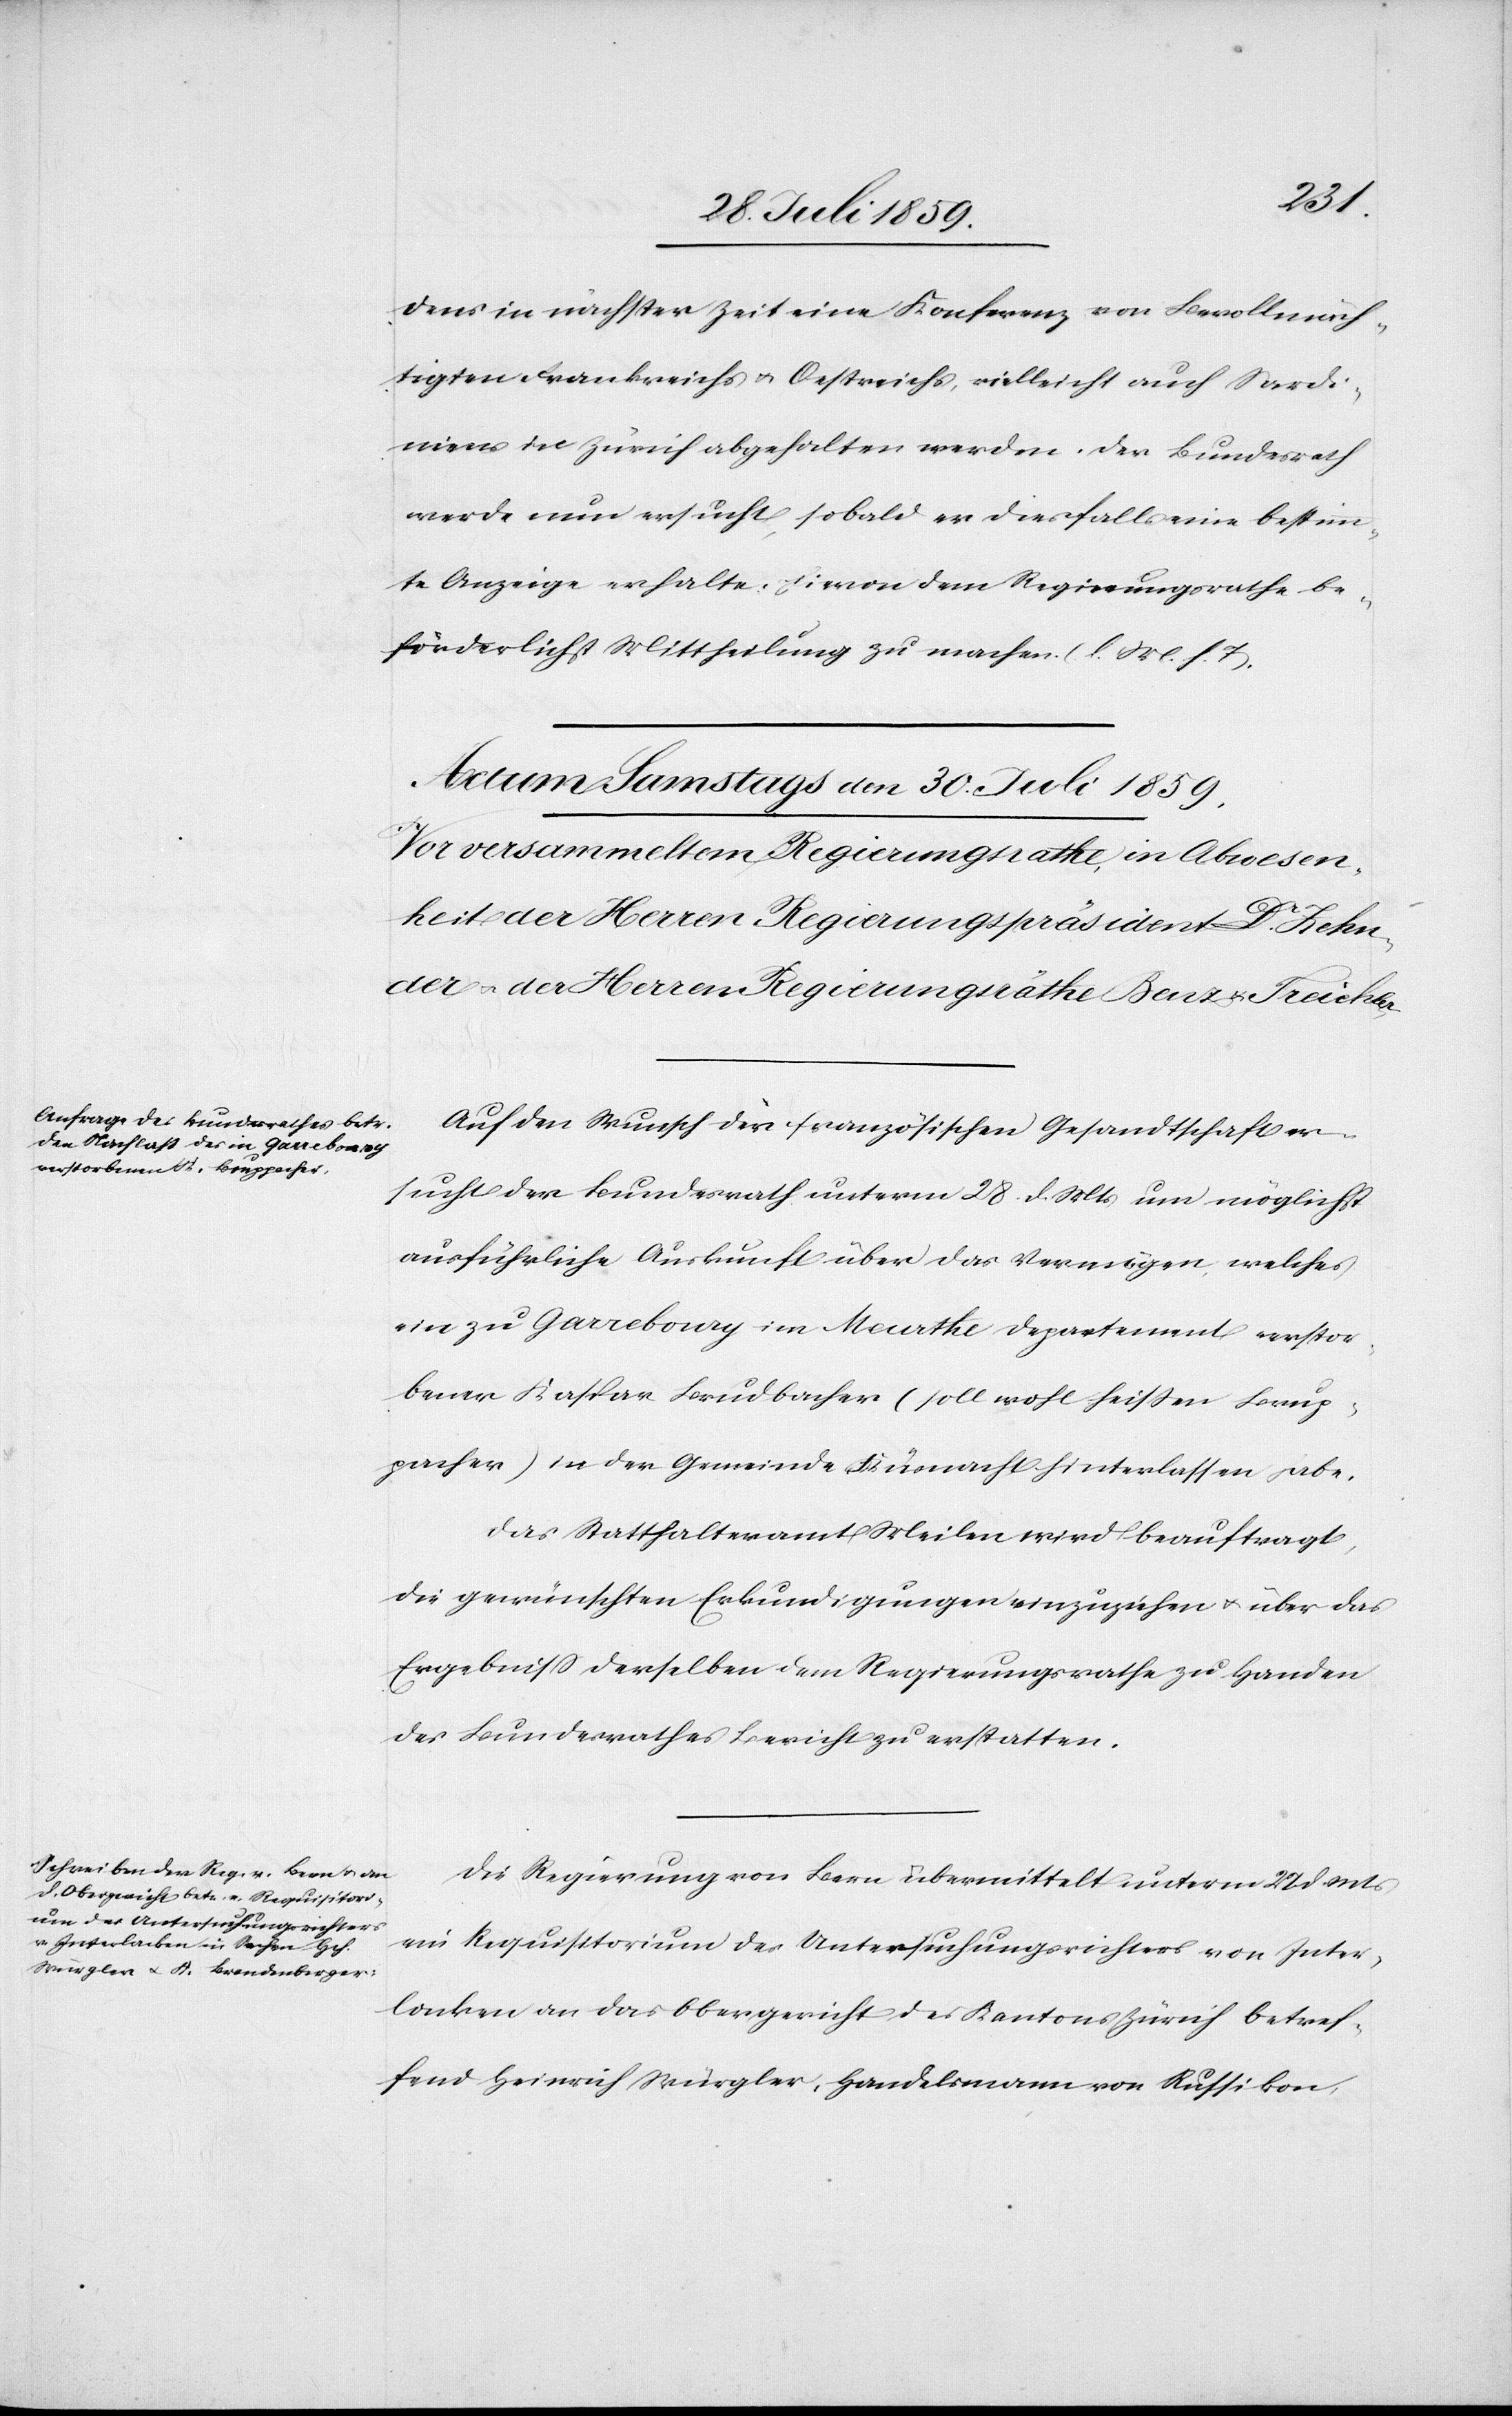
dens in nächster Zeit eine Konferenz von Bevollmäch¬
tigten Frankreichs u. Oestreichs, vielleicht auch Sardi¬
niens in Zürich abgehalten werden. Der Bundesrath
werde nun ersucht, sobald er diesfalls eine bestimm¬
te Anzeige erhalte, hievon dem Regierungsrathe be¬
förderlichst Mittheilung zu machen (l. M. h. T.).
Auf den Wunsch der französischen Gesandtschaft er¬
sucht der Bundesrath unterm 28. d. Mts. um möglichst
ausführliche Auskunft über das Vermögen, welches
ein zu Garrebourg im Meurthe Departement verstor¬
bener Kaspar Brudbacher (soll wohl heißen Brup¬
pacher) in der Gemeinde Küsnacht hinterlassen habe.
Das Statthalteramt Meilen wird beauftragt,
die gewünschten Erkundigungen einzuziehen u. über das
Ergebniß derselben dem Regierungsrathe zu Handen
des Bundesrathes Bericht zu erstatten.
Die Regierung von Bern übermittelt unterm 22. d. Mts.
ein Requisitorium des Untersuchungsrichters von Inter¬
lacken an das Obergericht des Kantons Zürich betref¬
fend Heinrich Würgler, Handelsmann von Russikon